Report on vaccination in Madras 1895-1903 - 1895-1903
Year: 1895
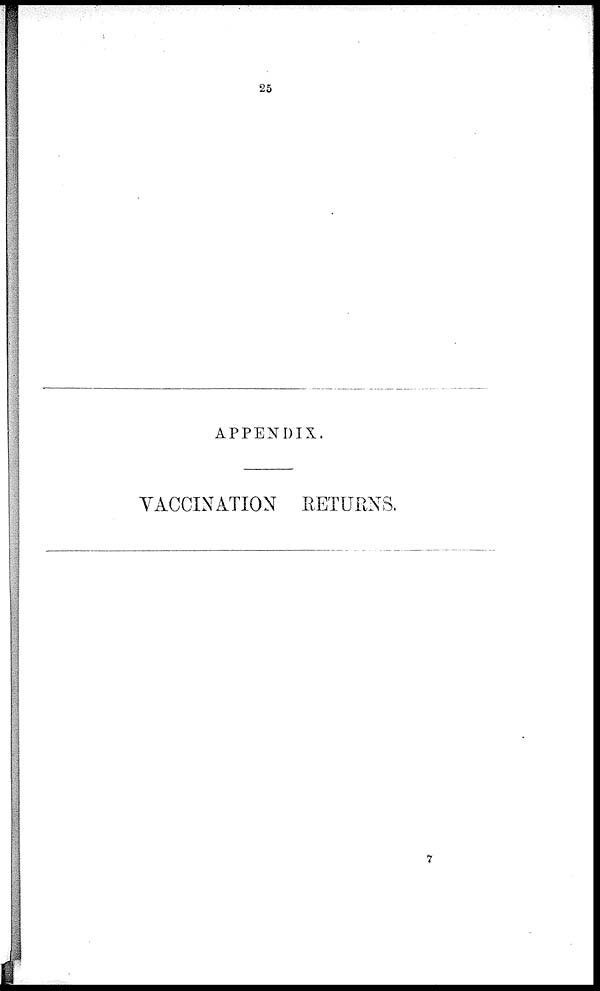
25
APPENDIX.
VACCINATION RETURNS.
7